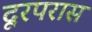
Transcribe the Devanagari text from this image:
दूरपरास